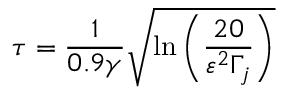
\tau = \frac { 1 } { 0 . 9 \gamma } \sqrt { \ln \left( \frac { 2 0 } { \varepsilon ^ { 2 } \Gamma _ { j } } \right) }